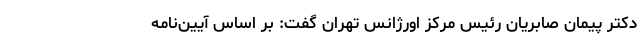
دکتر پیمان صابریان رئیس مرکز اورژانس تهران گفت: بر اساس آیین‌نامه